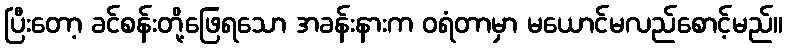
ပြီးတော့ ခင်စန်းတို့ဖြေရသော အခန်းနားက ဝရံတာမှာ မယောင်မလည်စောင့်မည်။